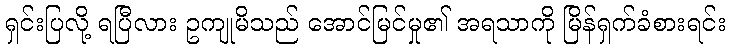
ရှင်းပြလို့ ရပြီလား ဥကျုမိသည် အောင်မြင်မှု၏ အရသာကို မြိန်ရှက်ခံစားရင်း